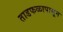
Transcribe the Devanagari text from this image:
ताडफळापासून